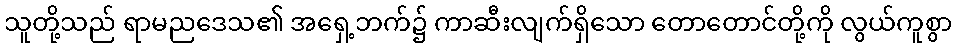
သူတို့သည် ရာမညဒေသ၏ အရှေ့ဘက်၌ ကာဆီးလျက်ရှိသော တောတောင်တို့ကို လွယ်ကူစွာ